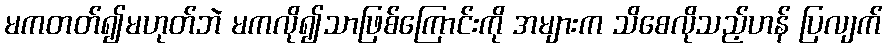
မကတတ်၍မဟုတ်ဘဲ မကလို၍သာဖြစ်ကြောင်းကို အများက သိစေလိုသည့်ဟန် ပြလျက်